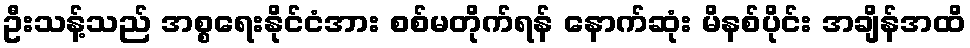
ဦးသန့်သည် အစ္စရေးနိုင်ငံအား စစ်မတိုက်ရန် နောက်ဆုံး မိနစ်ပိုင်း အချိန်အထိ